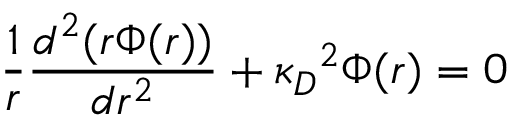
\frac { 1 } { r } \frac { d ^ { 2 } ( r \Phi ( r ) ) } { d r ^ { 2 } } + { \kappa _ { D } } ^ { 2 } \Phi ( r ) = 0